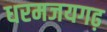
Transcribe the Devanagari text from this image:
धरमजयगढ़